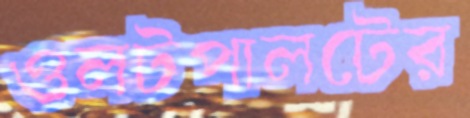
ওলটপালটের